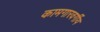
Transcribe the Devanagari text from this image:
कामगारवर्गीय